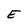
Character: E